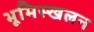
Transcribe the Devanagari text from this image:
भूमिस्खलन